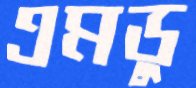
এমডু